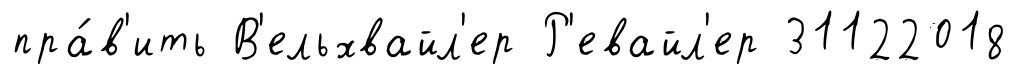
пра́в'ить В'ельхвайл'ер Р'евайл'ер 31122018